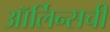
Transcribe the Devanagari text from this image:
ऑर्लिन्सची